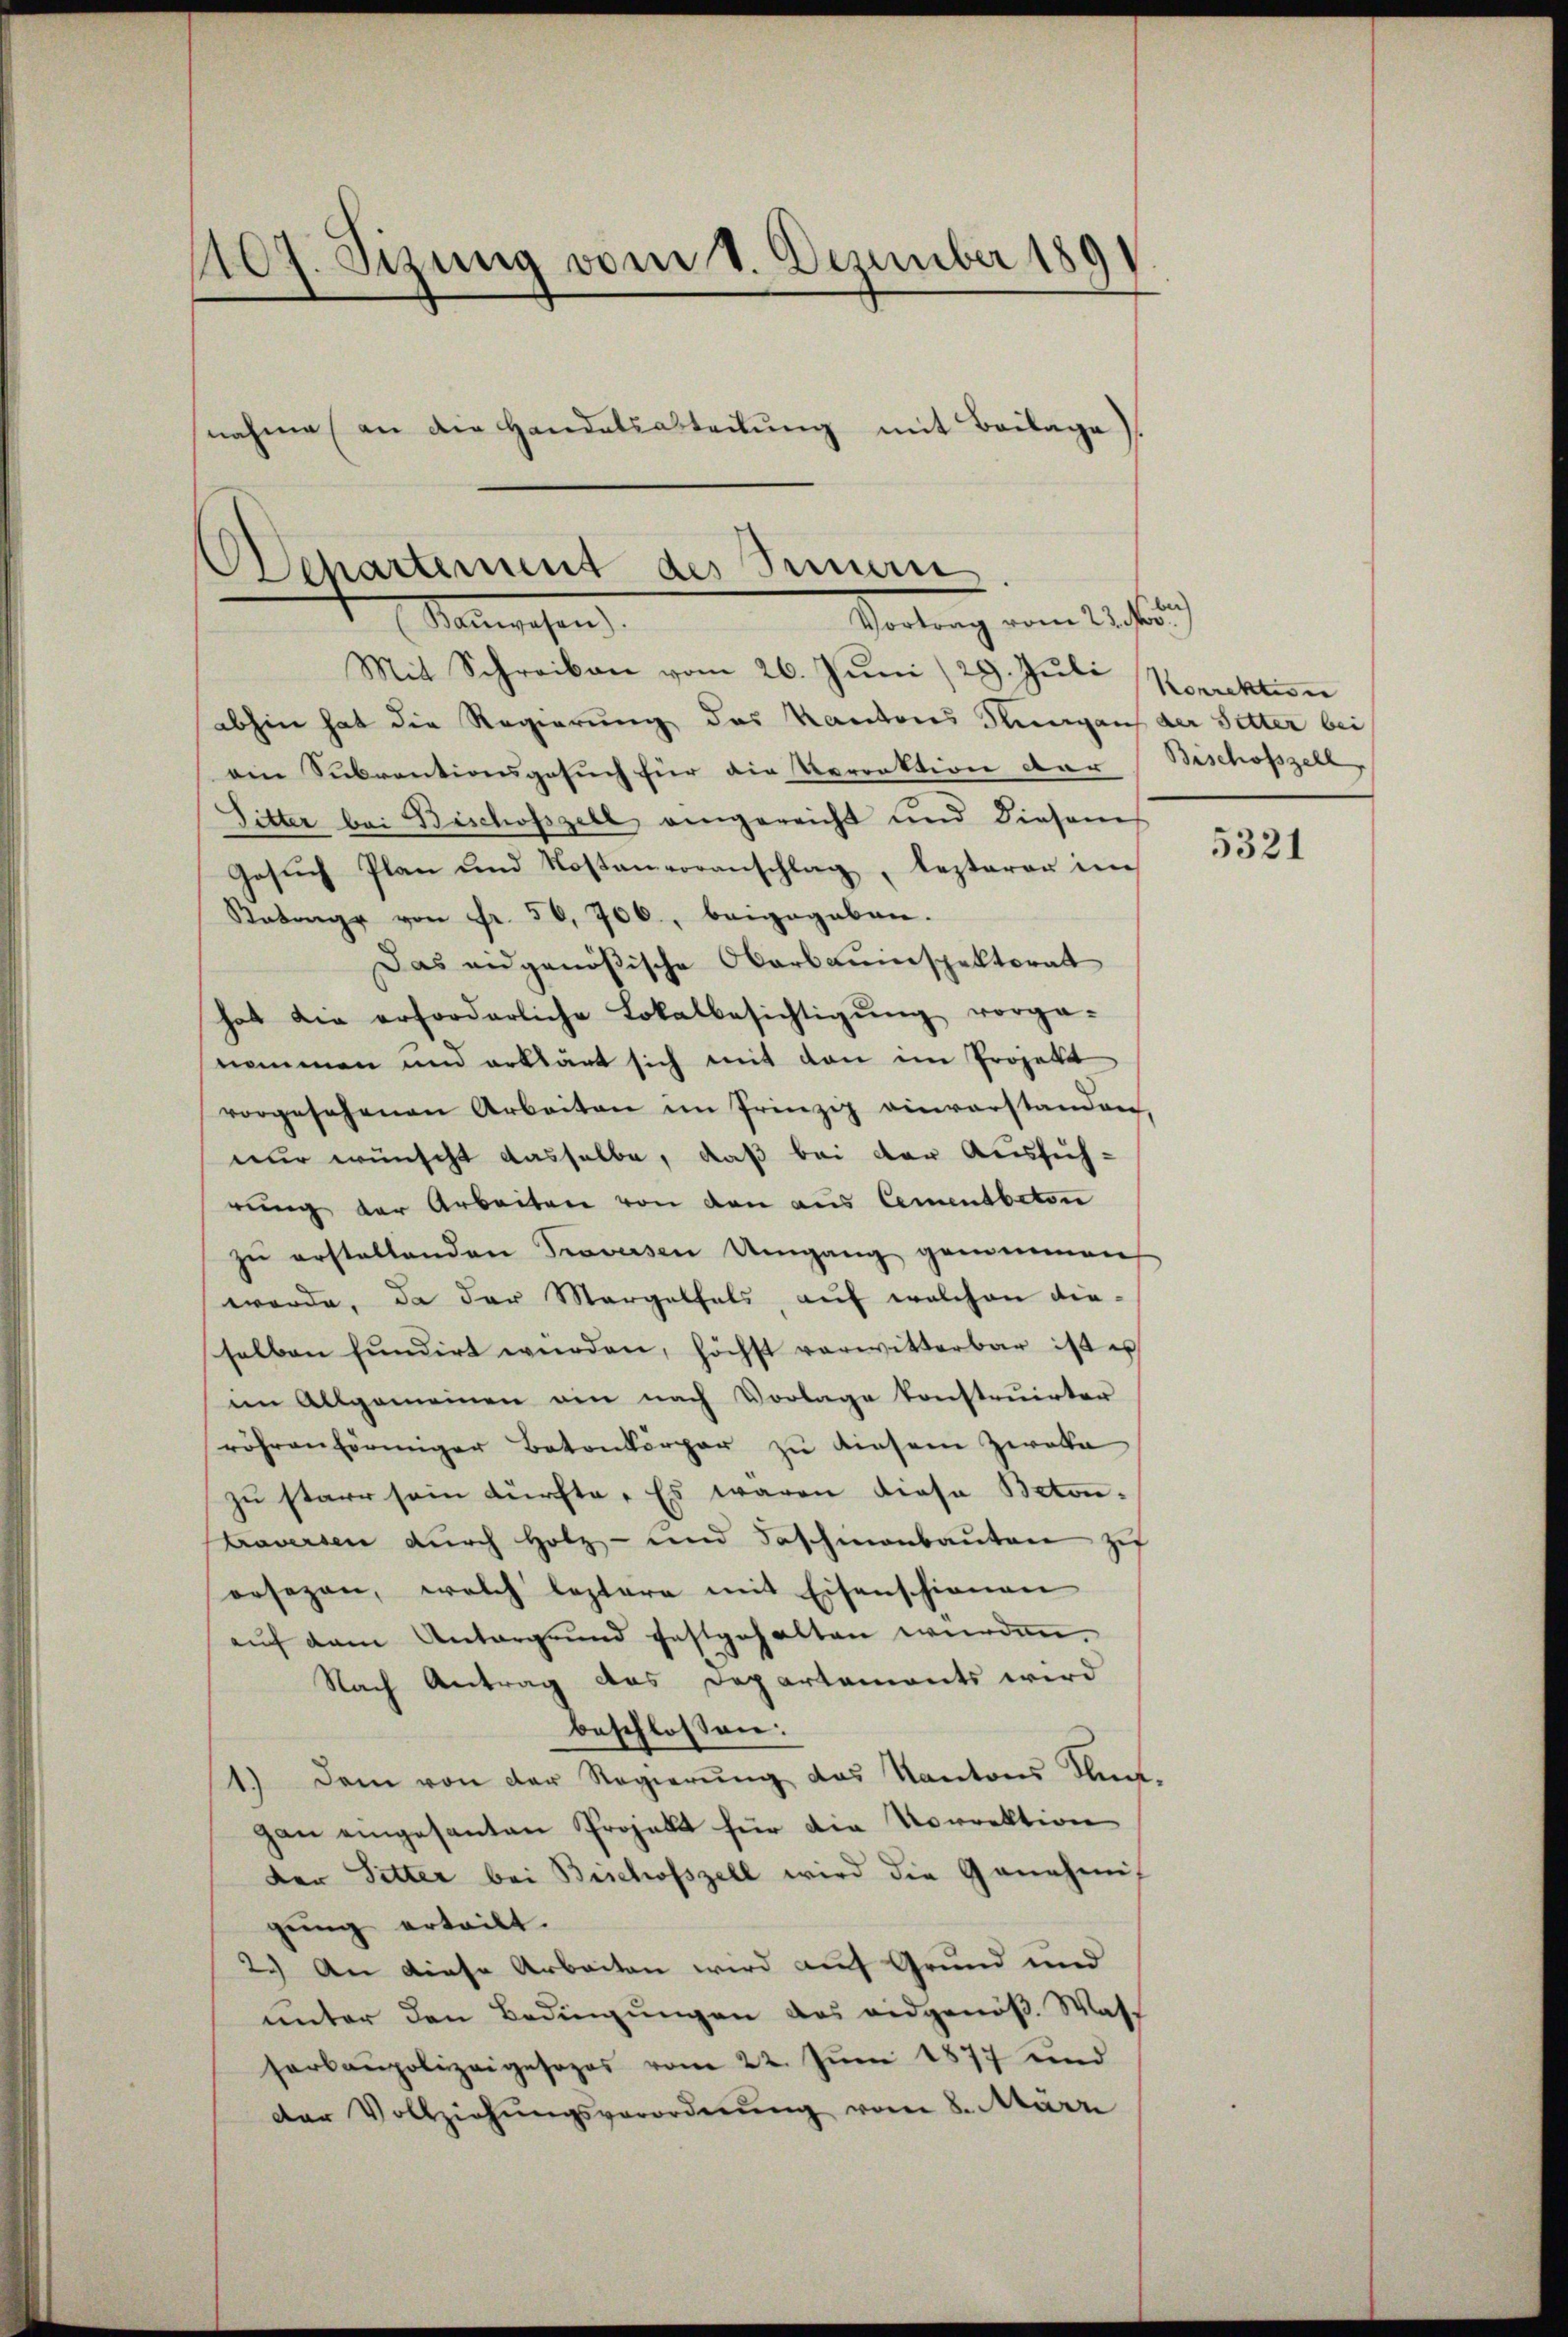
1109. Sizung vom 1. Dezember 189
nahme an die Handelsabteilŭng mit Beilage

Departement des Simmen
Teilung vom 11ten
Malgesen.

Mit Schreiben vom 26. Juni /29. Jŭli Korrektion
abhin hat die Regierung des Kantons Thurgauf der Sitter bei
ain Subventionsgesuch für die Vorrektion dar
Sitter bei Bischofszell angereicht und diesem
Gesŭch Plan und Kostenvoranschlag, lezterer im
Antrage von Fr. 50, 706, beigegeben.
Das eidgenößische Oberbauinspektorat
hat die erforderliche Lokalbesichtigŭng vorge-
nommen und erklärt sich mit den im Projekt
vorgesehenen Arbeiten im Prinzip einverstanden,
nur wünscht dasselbe, daß bei der Ausfüh-
rung der Arbeiten von den aus Cementbeton
zŭ erstellenden Travessen Umgang genommen
werde, da der Morgelfals, auf welchen dieselben fundirt würden, höchst verwitterbar ist es
im Allgemeinen ein nach Vorlage konstruirter
röhrenförmiger Betonkörper zu diesem Zwecke
zu starr sein dürfte. Es waren diese Beton-
taversen dŭrch Holz- und Baschinenbaŭten zu
orsezen, welch leztere mit Eisenschienen
aŭf dem Antorgrund festgehalten würden.
Nach Antrag das Departements wird
beschlossen:
1.) Dem von der Regierung des Kantons Stungan eingesanten Projekt für die Vorrektion
der Sitter bei Bischofszell wird die Genehmigŭng erteilt.
2.) An diese Arbeiten wird auf Grund und
unter den Bedingungen das eidgenöß. Was-
horbaupolizeigesopos vom 22. Jŭni 1877 und
der Vollziehŭngsverordnŭng vom 8. März

Bischofszell

5321